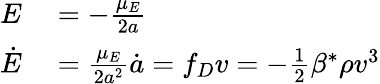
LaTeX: \begin{array}{rl}{E}&{{}=-\frac{\mu_{E}}{2a}}\\ {\dot{E}}&{{}=\frac{\mu_{E}}{2a^{2}}\dot{a}=f_{D}v=-\frac{1}{2}\beta^{*}\rho v^{3}}\end{array}